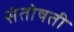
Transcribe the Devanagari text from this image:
संतोषती